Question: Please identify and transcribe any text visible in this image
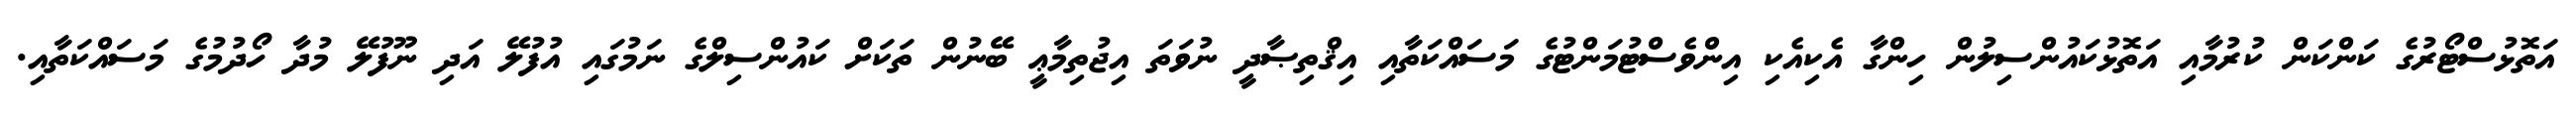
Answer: އަތޮޅުސްޓޯރުގެ ކަންކަން ކުރުމާއި އަތޮޅުކައުންސިލުން ހިންގާ އެކިއެކި އިންވެސްޓުމަންޓުގެ މަސައްކަތާއި އިޤްތިޞާދީ ނުވަތަ އިޖުތިމާޢީ ބޭނުން ތަކަށް ކައުންސިލްގެ ނަމުގައި އުފުލޭ އަދި ނޫފުލޭ މުދާ ހޯދުމުގެ މަސައްކަތާއި.